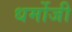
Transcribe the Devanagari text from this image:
धर्मोजी